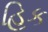
હિક